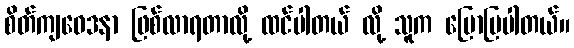
စိတ်ကျဝေဒနာ ဖြစ်လာရတာလို့ ထင်ပါတယ် လို့ သူက ပြောပြပါတယ်။